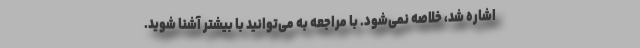
اشاره شد، خلاصه نمی‌شود. با مراجعه به می‌توانید با بیشتر آشنا شوید.